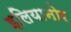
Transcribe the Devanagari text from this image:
इलियानोर